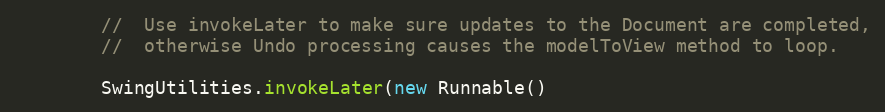
Language: Java
		//  Use invokeLater to make sure updates to the Document are completed,
		//  otherwise Undo processing causes the modelToView method to loop.

		SwingUtilities.invokeLater(new Runnable()